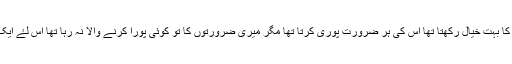
وہ اس کی خوبصورتی کے سبب اس سے احساس کمتری میں مبتلا ہے جب کہ وہ میری بیٹی کا بہت خیال رکھتا تھا اس کی ہر ضرورت پوری کرتا تھا مگر میری ضرورتوں کا تو کوئی پورا کرنے والا نہ رہا تھا اس لۓ ایک چھوٹی سی بات کو بنیاد بنا کر میں نے اپنی بیٹی کو گھر بٹھا لیا اور طلاق کا مطالبہ کر دیا۔